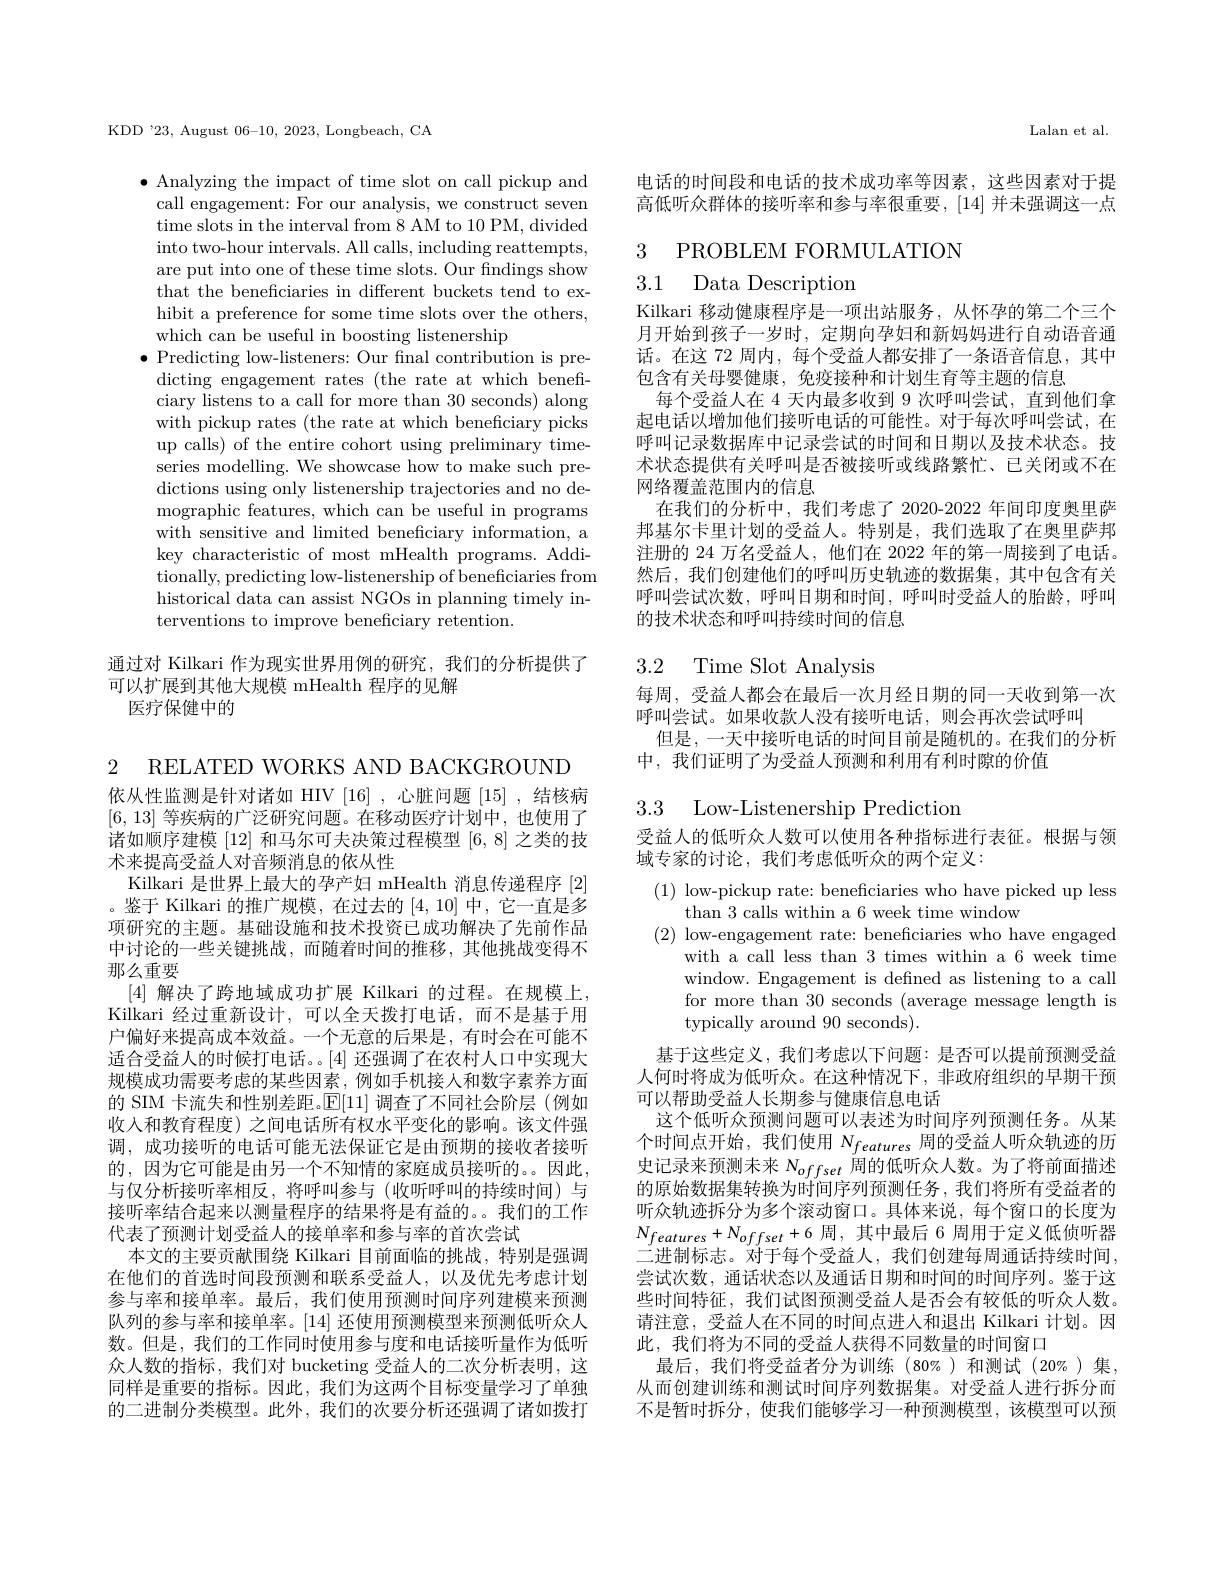
KDD '23, August 06-10, 2023, Longbeach, CA

$\bullet$ Analyzing the impact of time slot on call pickup and call engagement: For our analysis, we construct seven time slots in the interval from 8 AM to 10 PM, divided into two-hour intervals. All calls, including reattempts, are put into one of these time slots. Our findings show that the beneficiaries in different buckets tend to exhibit a preference for some time slots over the others, which can be useful in boosting listenership
$\bullet$ Predicting low-listeners: Our final contribution is predicting engagement rates (the rate at which beneficiary listens to a call for more than 30 seconds) along with pickup rates (the rate at which beneficiary picks up calls) of the entire cohort using preliminary timeseries modelling. We showcase how to make such predictions using only listenership trajectories and no demographic features, which can be useful in programs with sensitive and limited beneficiary information, a key characteristic of most mHealth programs. Additionally, predicting low-listenership of beneficiaries from historical data can assist NGOs in planning timely interventions to improve beneficiary retention.

通过对 Kilkari 作为现实世界用例的研究，我们的分析提供了
可以扩展到其他大规模 mHealth 程序的见解
医疗保健中的

2 RELATED WORKS AND BACKGROUND
依从性监测是针对诸如 HIV [16] ,心脏问题[15] ,结核病[6,13]等疾病的广泛研究问题。在移动医疗计划中，也使用了诸如顺序建模[12]和马尔可夫决策过程模型[6,8]之类的技术来提高受益人对音频消息的依从性
Kilkari 是世界上最大的孕产妇 mHealth 消息传递程序[2] 。鉴于 Kilkari 的推广规模，在过去的[4,10]中，它一直是多项研究的主题。基础设施和技术投资已成功解决了先前作品中讨论的一些关键挑战，而随着时间的推移，其他挑战变得不那么重要
[4]解决了跨地域成功扩展 Kilkari 的过程。在规模上， Kilkari 经过重新设计，可以全天拨打电话，而不是基于用户偏好来提高成本效益。一个无意的后果是，有时会在可能不适合受益人的时候打电话。。[4]还强调了在农村人口中实现大规模成功需要考虑的某些因素，例如手机接人和数字素养方面的 SIM 卡流失和性别差距。$\mathbb{E}[11]$调查了不同社会阶层(例如收入和教育程度) 之间电话所有权水平变化的影响。该文件强调，成功接听的电话可能无法保证它是由预期的接收者接听的，因为它可能是由另一个不知情的家庭成员接听的。因此， 与仅分析接听率相反，将呼叫参与 (收听呼叫的持续时间)与接听率结合起来以测量程序的结果将是有益的。我们的工作代表了预测计划受益人的接单率和参与率的首次尝试
本文的主要贡献围绕 Kilkari 目前面临的挑战，特别是强调在他们的首选时间段预测和联系受益人，以及优先考虑计划参与率和接单率。最后，我们使用预测时间序列建模来预测队列的参与率和接单率。[14]还使用预测模型来预测低听众人数。但是，我们的工作同时使用参与度和电话接听量作为低听众人数的指标，我们对 bucketing 受益人的二次分析表明，这同样是重要的指标。因此，我们为这两个目标变量学习了单独的二进制分类模型。此外，我们的次要分析还强调了诸如拨打

Lalan et al

电话的时间段和电话的技术成功率等因素，这些因素对于提高低听众群体的接听率和参与率很重要，[14]并未强调这一点

3 PROBLEM FORMULATION

## 3.1 Data Description

Kilkari 移动健康程序是一项出站服务，从怀孕的第二个三个月开始到孩子一岁时，定期向孕妇和新妈妈进行自动语音通话。在这 72 周内，每个受益人都安排了一条语音信息，其中包含有关母婴健康，免疫接种和计划生育等主题的信息
每个受益人在 4 天内最多收到 9 次呼叫尝试，直到他们拿起电话以增加他们接听电话的可能性。对于每次呼叫尝试，在呼叫记录数据库中记录尝试的时间和日期以及技术状态。技术状态提供有关呼叫是否被接听或线路繁忙、已关闭或不在网络覆盖范围内的信息
在我们的分析中，我们考虑了 2020-2022 年间印度奥里萨邦基尔卡里计划的受益人。特别是，我们选取了在奥里萨邦注册的 24 万名受益人，他们在 2022 年的第一周接到了电话。然后，我们创建他们的呼叫历史轨迹的数据集，其中包含有关呼叫尝试次数，呼叫日期和时间，呼叫时受益人的胎龄，呼叫的技术状态和呼叫持续时间的信息

# 3.2 Time Slot Analysis

每周，受益人都会在最后一次月经日期的同一天收到第一次
呼叫尝试。如果收款人没有接听电话，则会再次尝试呼叫
但是，一天中接听电话的时间目前是随机的。在我们的分析
中，我们证明了为受益人预测和利用有利时隙的价值

3.3 Low-Listenership Prediction

受益人的低听众人数可以使用各种指标进行表征。根据与领
域专家的讨论，我们考虑低听众的两个定义

(1) low-pickup rate: beneficiaries who have picked up less
than 3 calls within a 6 week time window
(2) low-engagement rate: beneficiaries who have engaged
with a call less than 3 times within a 6 week time window. Engagement is defined as listening to a call for more than 30 seconds (average message length is typically around 90 seconds).
基于这些定义，我们考虑以下问题：是否可以提前预测受益人何时将成为低听众。在这种情况下，非政府组织的早期干预可以帮助受益人长期参与健康信息电话
这个低听众预测问题可以表述为时间序列预测任务。从某个时间点开始，我们使用$N_features$周的受益人听众轨迹的历史记录来预测未来$N_{offset}$周的低听众人数。为了将前面描述的原始数据集转换为时间序列预测任务，我们将所有受益者的听众轨迹拆分为多个滚动窗口。具体来说，每个窗口的长度为$N_{features}+N_{offset}+6$周，其中最后 6 周用于定义低侦听器二进制标志。对于每个受益人，我们创建每周通话持续时间， 尝试次数，通话状态以及通话日期和时间的时间序列。鉴于这些时间特征，我们试图预测受益人是否会有较低的听众人数。请注意，受益人在不同的时间点进入和退出 Kilkari 计划。因此，我们将为不同的受益人获得不同数量的时间窗口
最后，我们将受益者分为训练(80%)和测试(20%)集。从而创建训练和测试时间序列数据集。对受益人进行拆分而不是暂时拆分，使我们能够学习一种预测模型，该模型可以预